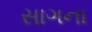
સાગના